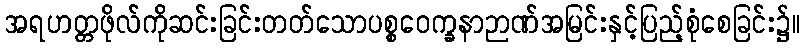
အရဟတ္တဖိုလ်ကိုဆင်းခြင်းတတ်သောပစ္စဝေက္ခနာဉာဏ်အမြင်းနှင့်ပြည့်စုံစေခြင်း၌။